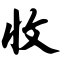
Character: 收